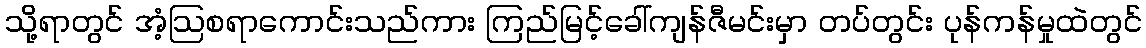
သို့ရာတွင် အံ့ဩစရာကောင်းသည်ကား ကြည်မြင့်ခေါ်ကျန်ဇီမင်းမှာ တပ်တွင်း ပုန်ကန်မှုထဲတွင်